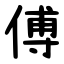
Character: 傅